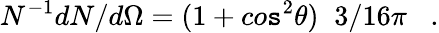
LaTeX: N^{-1}dN/d\Omega=(1+co\mathtt{s}^{2}\theta)\; \; 3/16\pi\; \; \; .